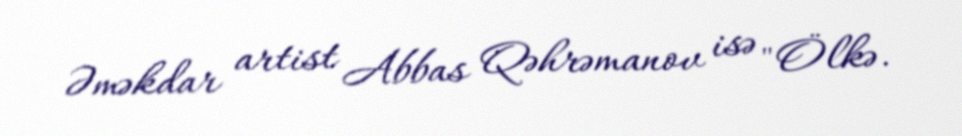
Əməkdar artist Abbas Qəhrəmanov isə "Ölkə.